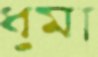
ধুমা